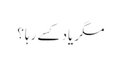
مگر یاد کسے رہا؟